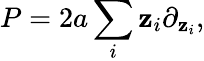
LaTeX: P=2a\sum_{i}\mathbf{z}_{i}\partial_{\mathbf{z}_{i}},